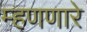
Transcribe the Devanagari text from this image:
म्हणणारे